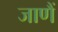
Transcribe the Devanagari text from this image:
जाणैं